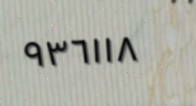
٩٣٦١١٨